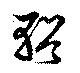
輶